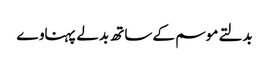
بدلتے موسم کے ساتھ بدلے پہناوے